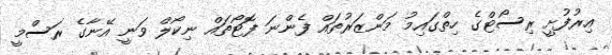
އިރުފުށީ ރިސޯޓްގެ ހިތްގައިމު މަންޒަރުތައް ފެންނަ ފޮޓޯތައް ނިކޯލް ވަނީ އޭނާގެ ރަސްމީ